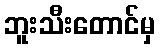
ဘူးသီးတောင်မှ